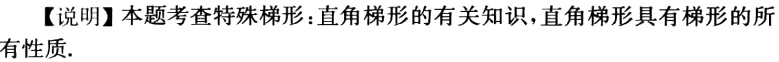
【说明】本题考查特殊梯形：直角梯形的有关知识，直角梯形具有梯形的所有性质.